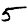
Digit: 5